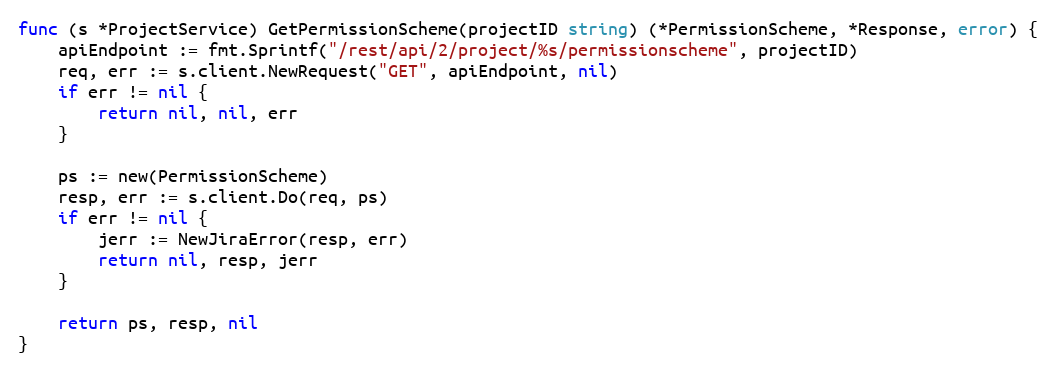
Language: Go
func (s *ProjectService) GetPermissionScheme(projectID string) (*PermissionScheme, *Response, error) {
	apiEndpoint := fmt.Sprintf("/rest/api/2/project/%s/permissionscheme", projectID)
	req, err := s.client.NewRequest("GET", apiEndpoint, nil)
	if err != nil {
		return nil, nil, err
	}

	ps := new(PermissionScheme)
	resp, err := s.client.Do(req, ps)
	if err != nil {
		jerr := NewJiraError(resp, err)
		return nil, resp, jerr
	}

	return ps, resp, nil
}